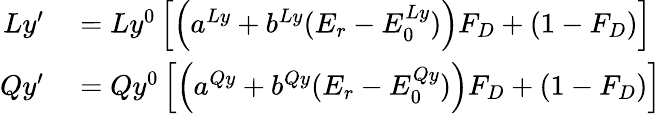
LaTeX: \begin{array}{rl}{Ly^{\prime}}&{{}=Ly^{0}\left[\left(a^{Ly}+b^{Ly}(E_{r}-E_{0}^{Ly})\right)F_{D}+(1-F_{D})\right]}\\ {Qy^{\prime}}&{{}=Qy^{0}\left[\left(a^{Qy}+b^{Qy}(E_{r}-E_{0}^{Qy})\right)F_{D}+(1-F_{D})\right]}\end{array}